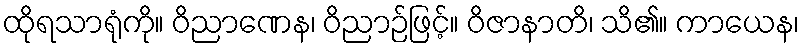
ထိုရသာရုံကို။ ဝိညာဏေန၊ ဝိညာဉ်ဖြင့်။ ဝိဇာနာတိ၊ သိ၏။ ကာယေန၊